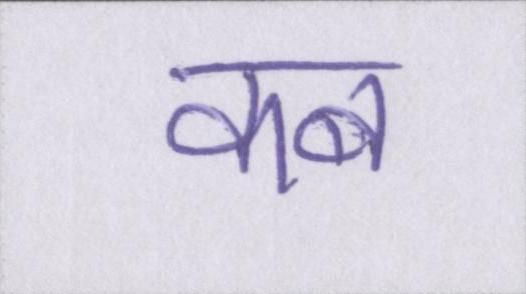
कब